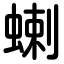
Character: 蝲